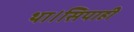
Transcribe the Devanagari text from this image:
था।सिपाही